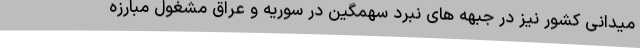
میدانی کشور نیز در جبهه های نبرد سهمگین در سوریه و عراق مشغول مبارزه